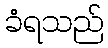
ခံရသည်